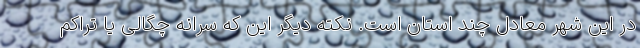
در این شهر معادل چند استان است. نکته دیگر این که سرانه چگالی یا تراکم